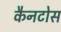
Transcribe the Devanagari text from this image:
कैनटोस